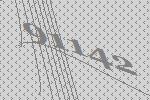
91142